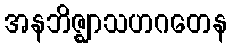
အနဘိဇ္ဈာသဟဂတေန